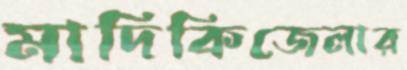
মাদিকিজেলার